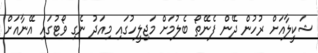
ޝަކީލާއަށް ރުހުން ދޭން ފެނޭތޯ ބެލުމަށް މަޖިލީހުގައި މިއަދު ނެގި ވޯޓުގައި އޭނާއަށް